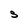
Character: S